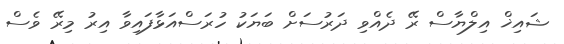
ޝައިޚް އިލްޔާސް ރޭ ދެއްވި ދަރުސަށް ބަޔަކު ހުރަސްއަޅާފައިވާ އިރު މިރޭ ވެސް